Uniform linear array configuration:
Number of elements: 32
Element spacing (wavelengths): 0.75
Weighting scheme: kaiser
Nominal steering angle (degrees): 0
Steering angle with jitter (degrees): -0.381
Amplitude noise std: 0.05
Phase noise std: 0.05

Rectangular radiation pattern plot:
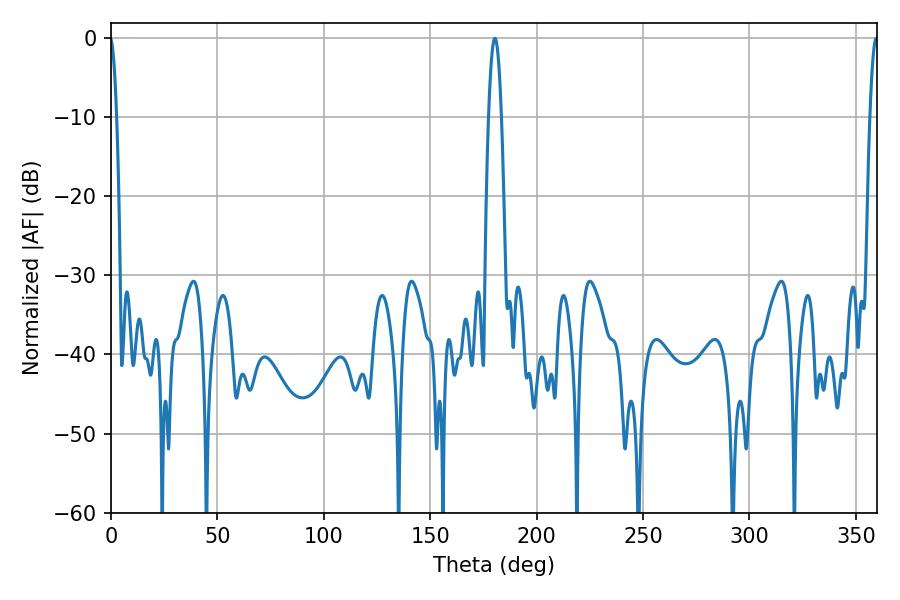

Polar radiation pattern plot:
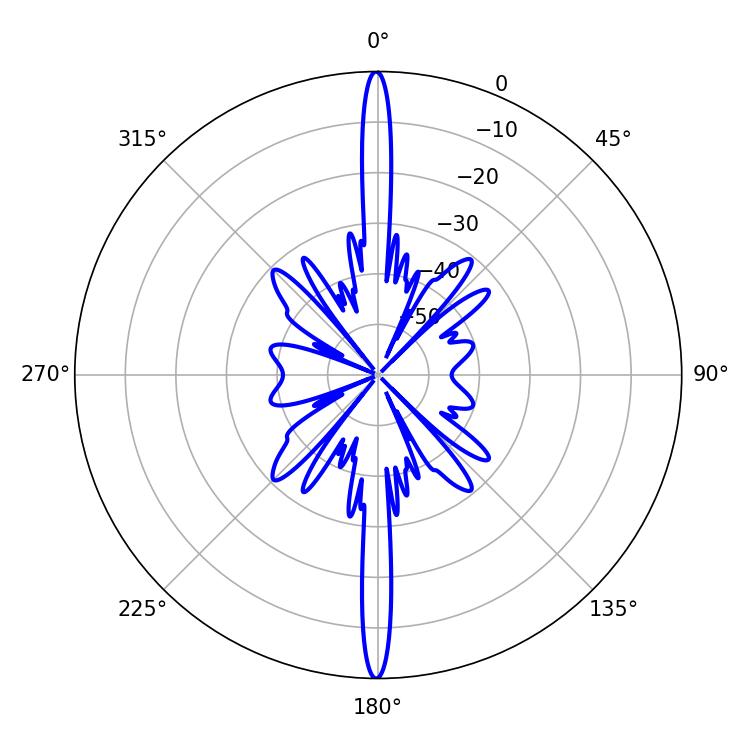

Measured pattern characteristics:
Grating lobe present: TRUE
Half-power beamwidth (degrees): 3.24
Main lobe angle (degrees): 180.36